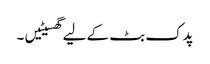
پدک بٹ کے لیے گھسیٹیں ۔